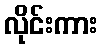
လိုင်းကား